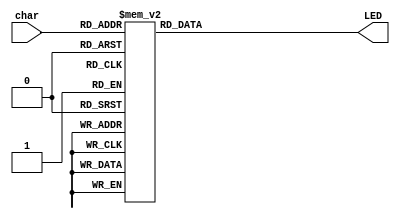
`timescale 1ns / 1ps

module LEDdecoder(
	input [3:0] char,
	output reg [7:0] LED
);
always @(*) //
	case(char)
	  0: LED = 8'b00000011; //0//
	  1: LED = 8'b10011111; //1//
	  2: LED = 8'b00100101; //2
	  3: LED = 8'b00001101; //3
	  4: LED = 8'b10011001; //4
	  5: LED = 8'b01001001; //5
	  6: LED = 8'b01000001; //6
	  7: LED = 8'b00011111; //7
	  8: LED = 8'b00000001; //8
	  9: LED = 8'b00001001; //9//
	  10: LED = 8'b00000101; //a//
	  11: LED = 8'b11000001; //b
	  12: LED = 8'b01100011; //C
	  13: LED = 8'b10000101; //d
	  14: LED = 8'b01100001; //E 
	  15: LED = 8'b01110001; //F//
	  default: LED = 8'b0000000;
endcase
endmodule